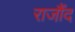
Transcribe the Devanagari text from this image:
राजौंद